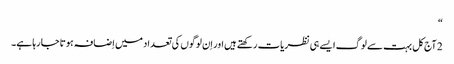
‏“‏
2 آج‌کل بہت سے لوگ ایسے ہی نظریات رکھتے ہیں اور اِن لوگوں کی تعداد میں اِضافہ ہوتا جا رہا ہے۔